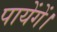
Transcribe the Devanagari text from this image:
पायेंगें।